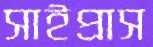
সাইপ্রাস